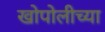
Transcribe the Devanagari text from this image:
खोपोलीच्या